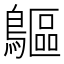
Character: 䳼